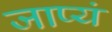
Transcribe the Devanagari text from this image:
जाप्यं